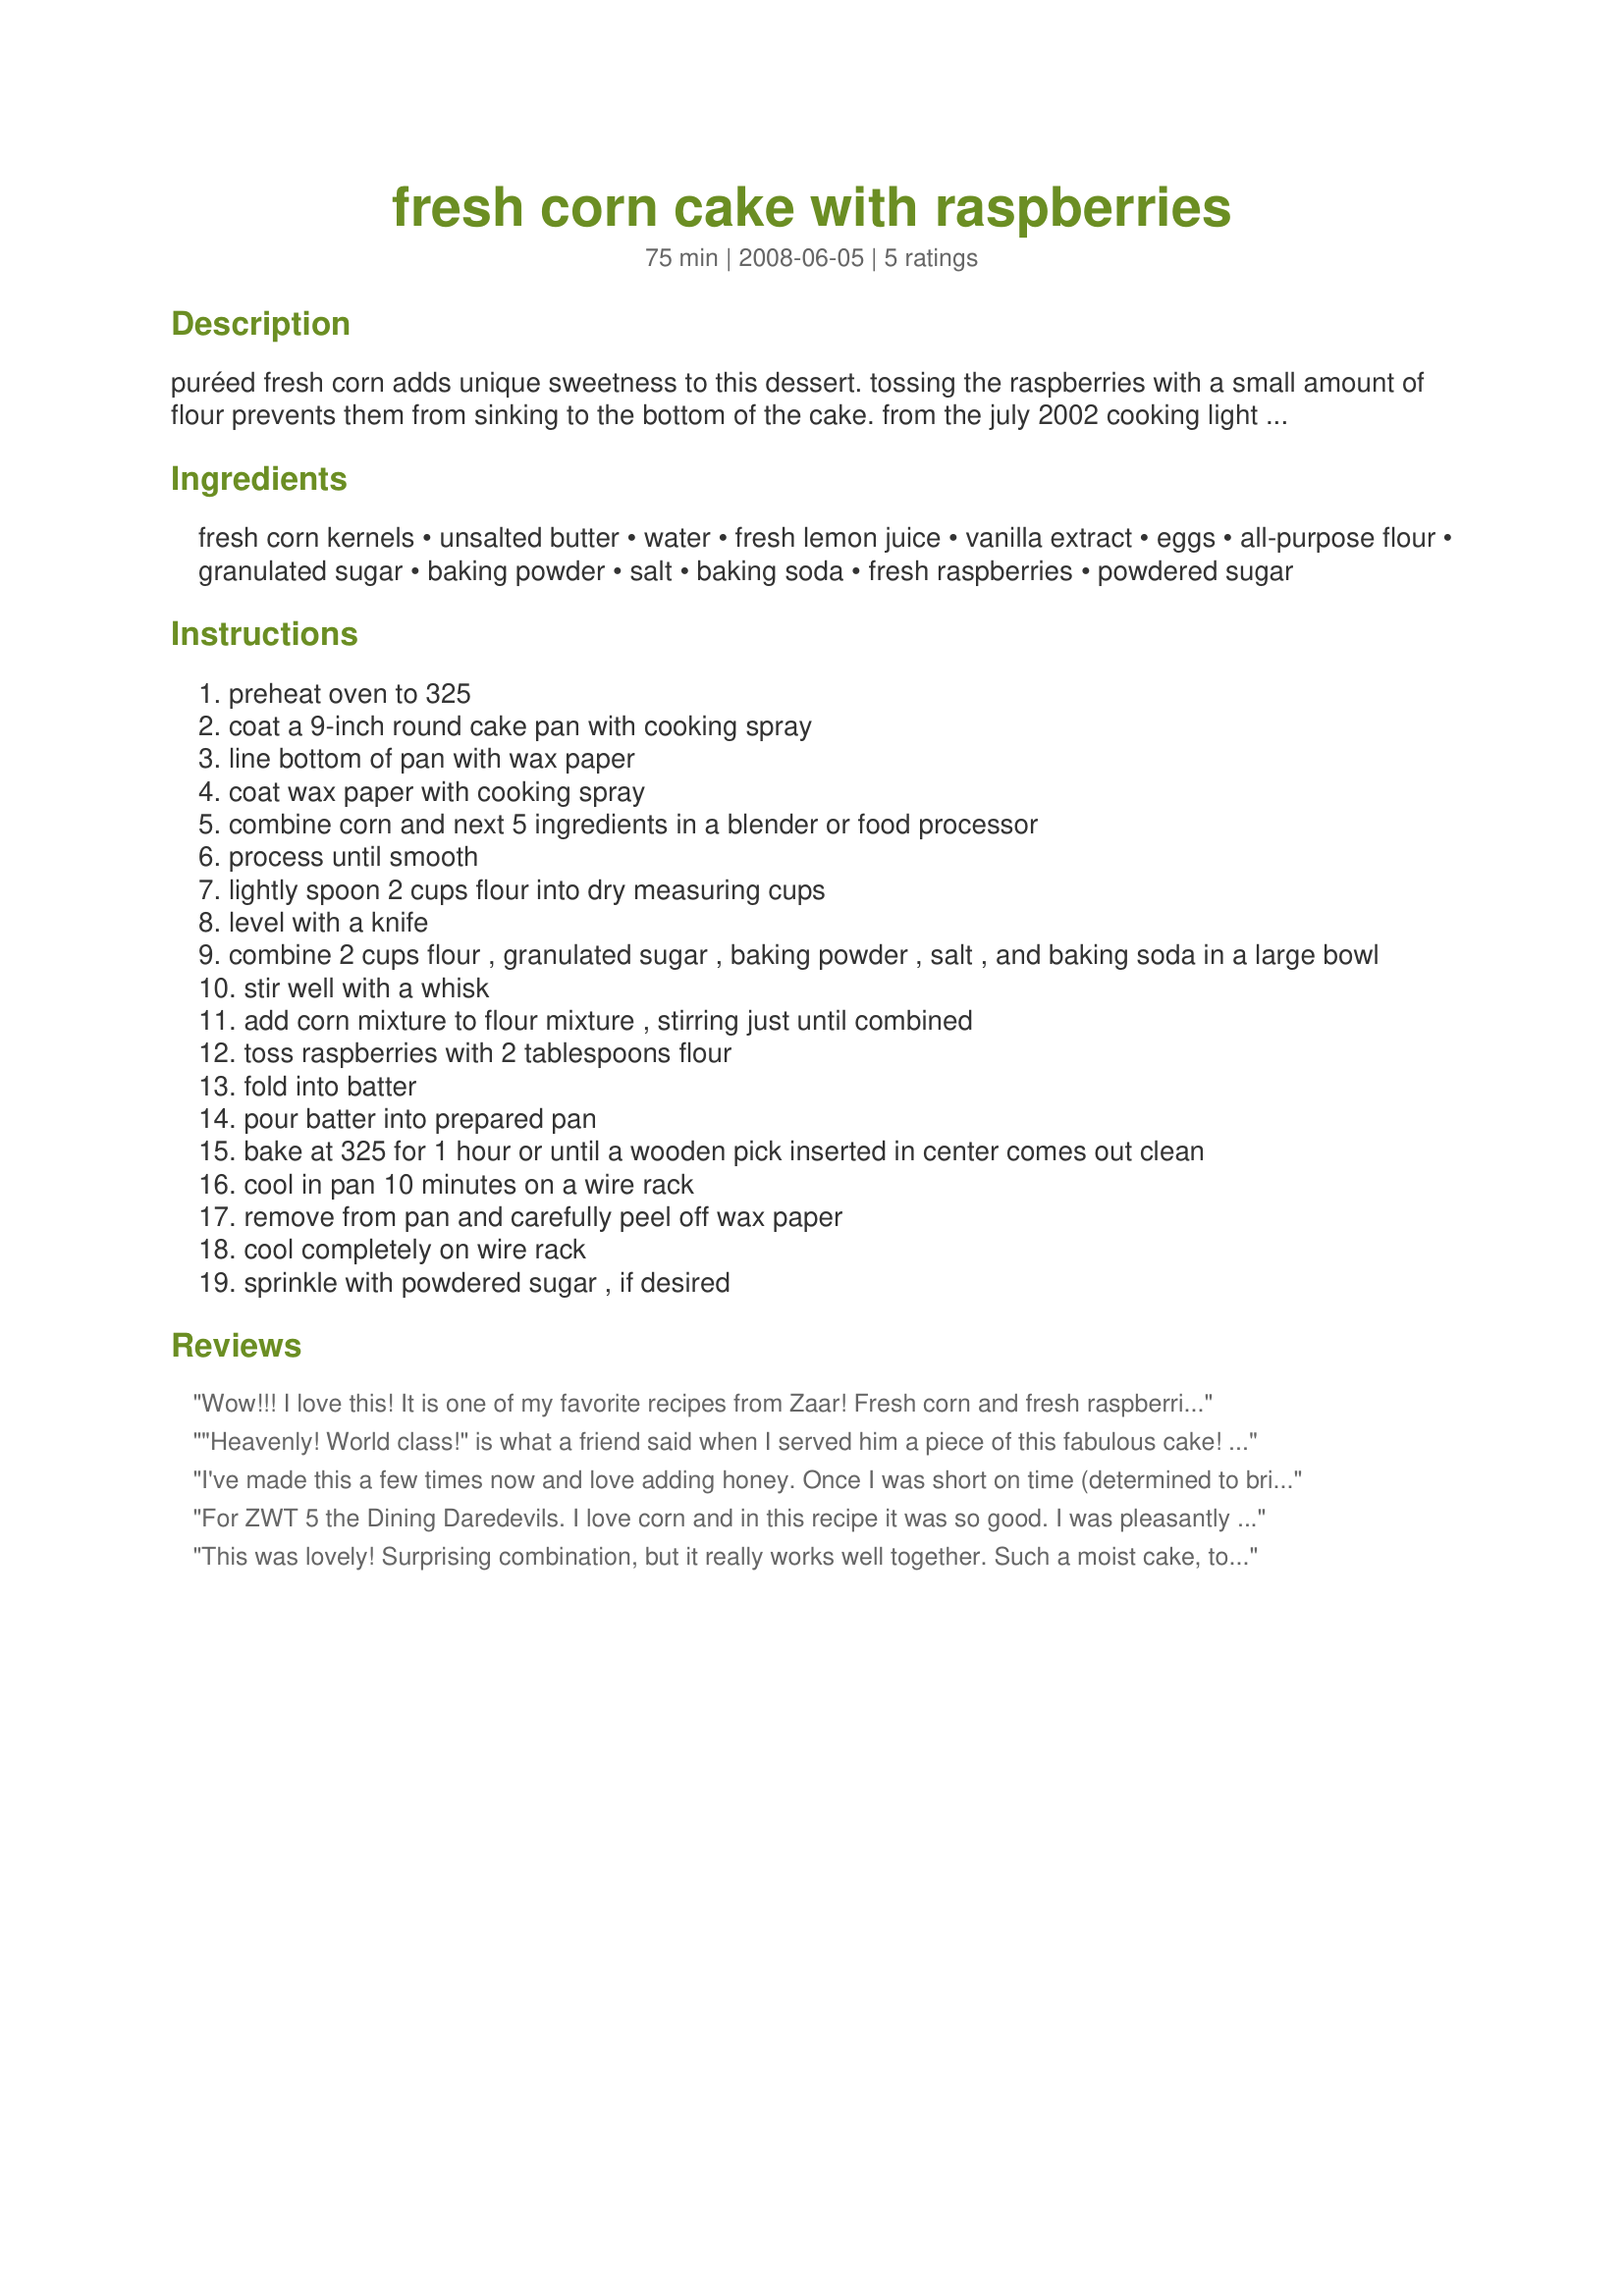
fresh corn cake with raspberries
Preparation time: 75 minutes

puréed fresh corn adds unique sweetness to this dessert. tossing the raspberries with a small amount of flour prevents them from sinking to the bottom of the cake. from the july 2002 cooking light magazine.

Ingredients:
fresh corn kernels, unsalted butter, water, fresh lemon juice, vanilla extract, eggs, all-purpose flour, granulated sugar, baking powder, salt, baking soda, fresh raspberries, powdered sugar

Steps:
preheat oven to 325
coat a 9-inch round cake pan with cooking spray
line bottom of pan with wax paper
coat wax paper with cooking spray
combine corn and next 5 ingredients in a blender or food processor
process until smooth
lightly spoon 2 cups flour into dry measuring cups
level with a knife
combine 2 cups flour , granulated sugar , baking powder , salt , and baking soda in a large bowl
stir well with a whisk
add corn mixture to flour mixture , stirring just until combined
toss raspberries with 2 tablespoons flour
fold into batter
pour batter into prepared pan
bake at 325 for 1 hour or until a wooden pick inserted in center comes out clean
cool in pan 10 minutes on a wire rack
remove from pan and carefully peel off wax paper
cool completely on wire rack
sprinkle with powdered sugar , if desired

Reviews:
Wow!!! I love this! It is one of my favorite recipes from Zaar! Fresh corn and fresh raspberries! YUM! So easy to make. Not too sweet, just perfect for an afternoon snack or dessert. I will make this often!!!
"Heavenly! World class!" is what a friend said when I served him a piece of this fabulous cake! I found this easy to make - very straight-forward. I have never heard of a cake using raw corn kernels, along with fresh lemon juice and a generous amount of vanilla extract as flavors! The fragrance is wonderful, it has pretty colors, and the texture is dense, but not heavy. Perfect! Made for ZWT4. So glad you posted this recipe, California Jan!
I've made this a few times now and love adding honey. Once I was short on time (determined to bring these to a meeting!) and decided to bake them as muffins. If you do, be sure to use paper cups. The raspberries make them a little hard to hold together but still totally work. Thanks for the great recipe! This quickly became a family favorite!
For ZWT 5 the Dining Daredevils. I love corn and in this recipe it was so good. I was pleasantly surprised that it went well with the raspberries in this recipe.
This was lovely! Surprising combination, but it really works well together. Such a moist cake, too. I think this would be a perfect item on a brunch table because of the somewhat muffin-like texture of it. The contrast of the whole berries with the yellow corn base makes it an attractive cake (if you're really careful with folding in the berries, they stay pretty intact and don't bleed into the cake much). I kept this cake at home for DH and I, but I'll have to make this again and bring it to work for the tech table -- I think my coworkers would go nuts for this! Thanks for posting! Made for ZWT4 Family Picks
